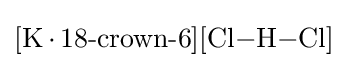
{[\mathrm {K} \,{\cdot }\,18{\text{-}}\mathrm {crown} {\text{-}}6][\mathrm {Cl} {-}\mathrm {H} {-}\mathrm {Cl} ]}